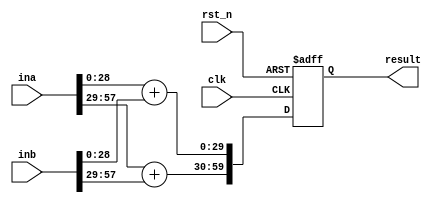
module  complex_adder
#(parameter WID = 58)
(
  input                   clk,
  input                   rst_n,
  input      [WID-1:0]    ina,    
  input      [WID-1:0]    inb,
  
  output reg [WID+1:0]    result
); 


always@(posedge clk, negedge rst_n)
begin
  if(~rst_n)
     result   <=  0;
  else begin
     result[WID/2 : 0]       <=  ina[WID/2-1 : 0]    +  inb[WID/2-1 : 0]; 
     result[WID+1 : WID/2+1] <=  ina[WID-1 : WID/2]  +  inb[WID-1 : WID/2];    //57:29 
  end 
end


endmodule